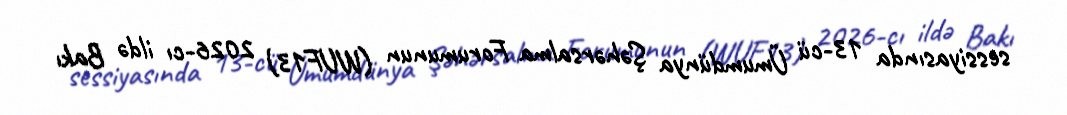
sessiyasında 13-cü Ümumdünya Şəhərsalma Forumunun (WUF13) 2026-cı ildə Bakı